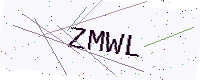
Text: ZMWL